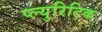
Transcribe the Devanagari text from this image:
प्ल्युरिटिक